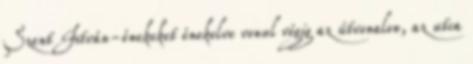
Szent István-énekeket énekelve vonul végig az útvonalon, az utca